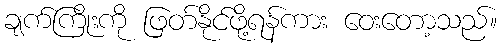
ချက်ကြိုးကို ဖြတ်နိုင်ဖို့ရန်ကား ဝေးတော့သည်။